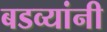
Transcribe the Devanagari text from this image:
बडव्यांनी